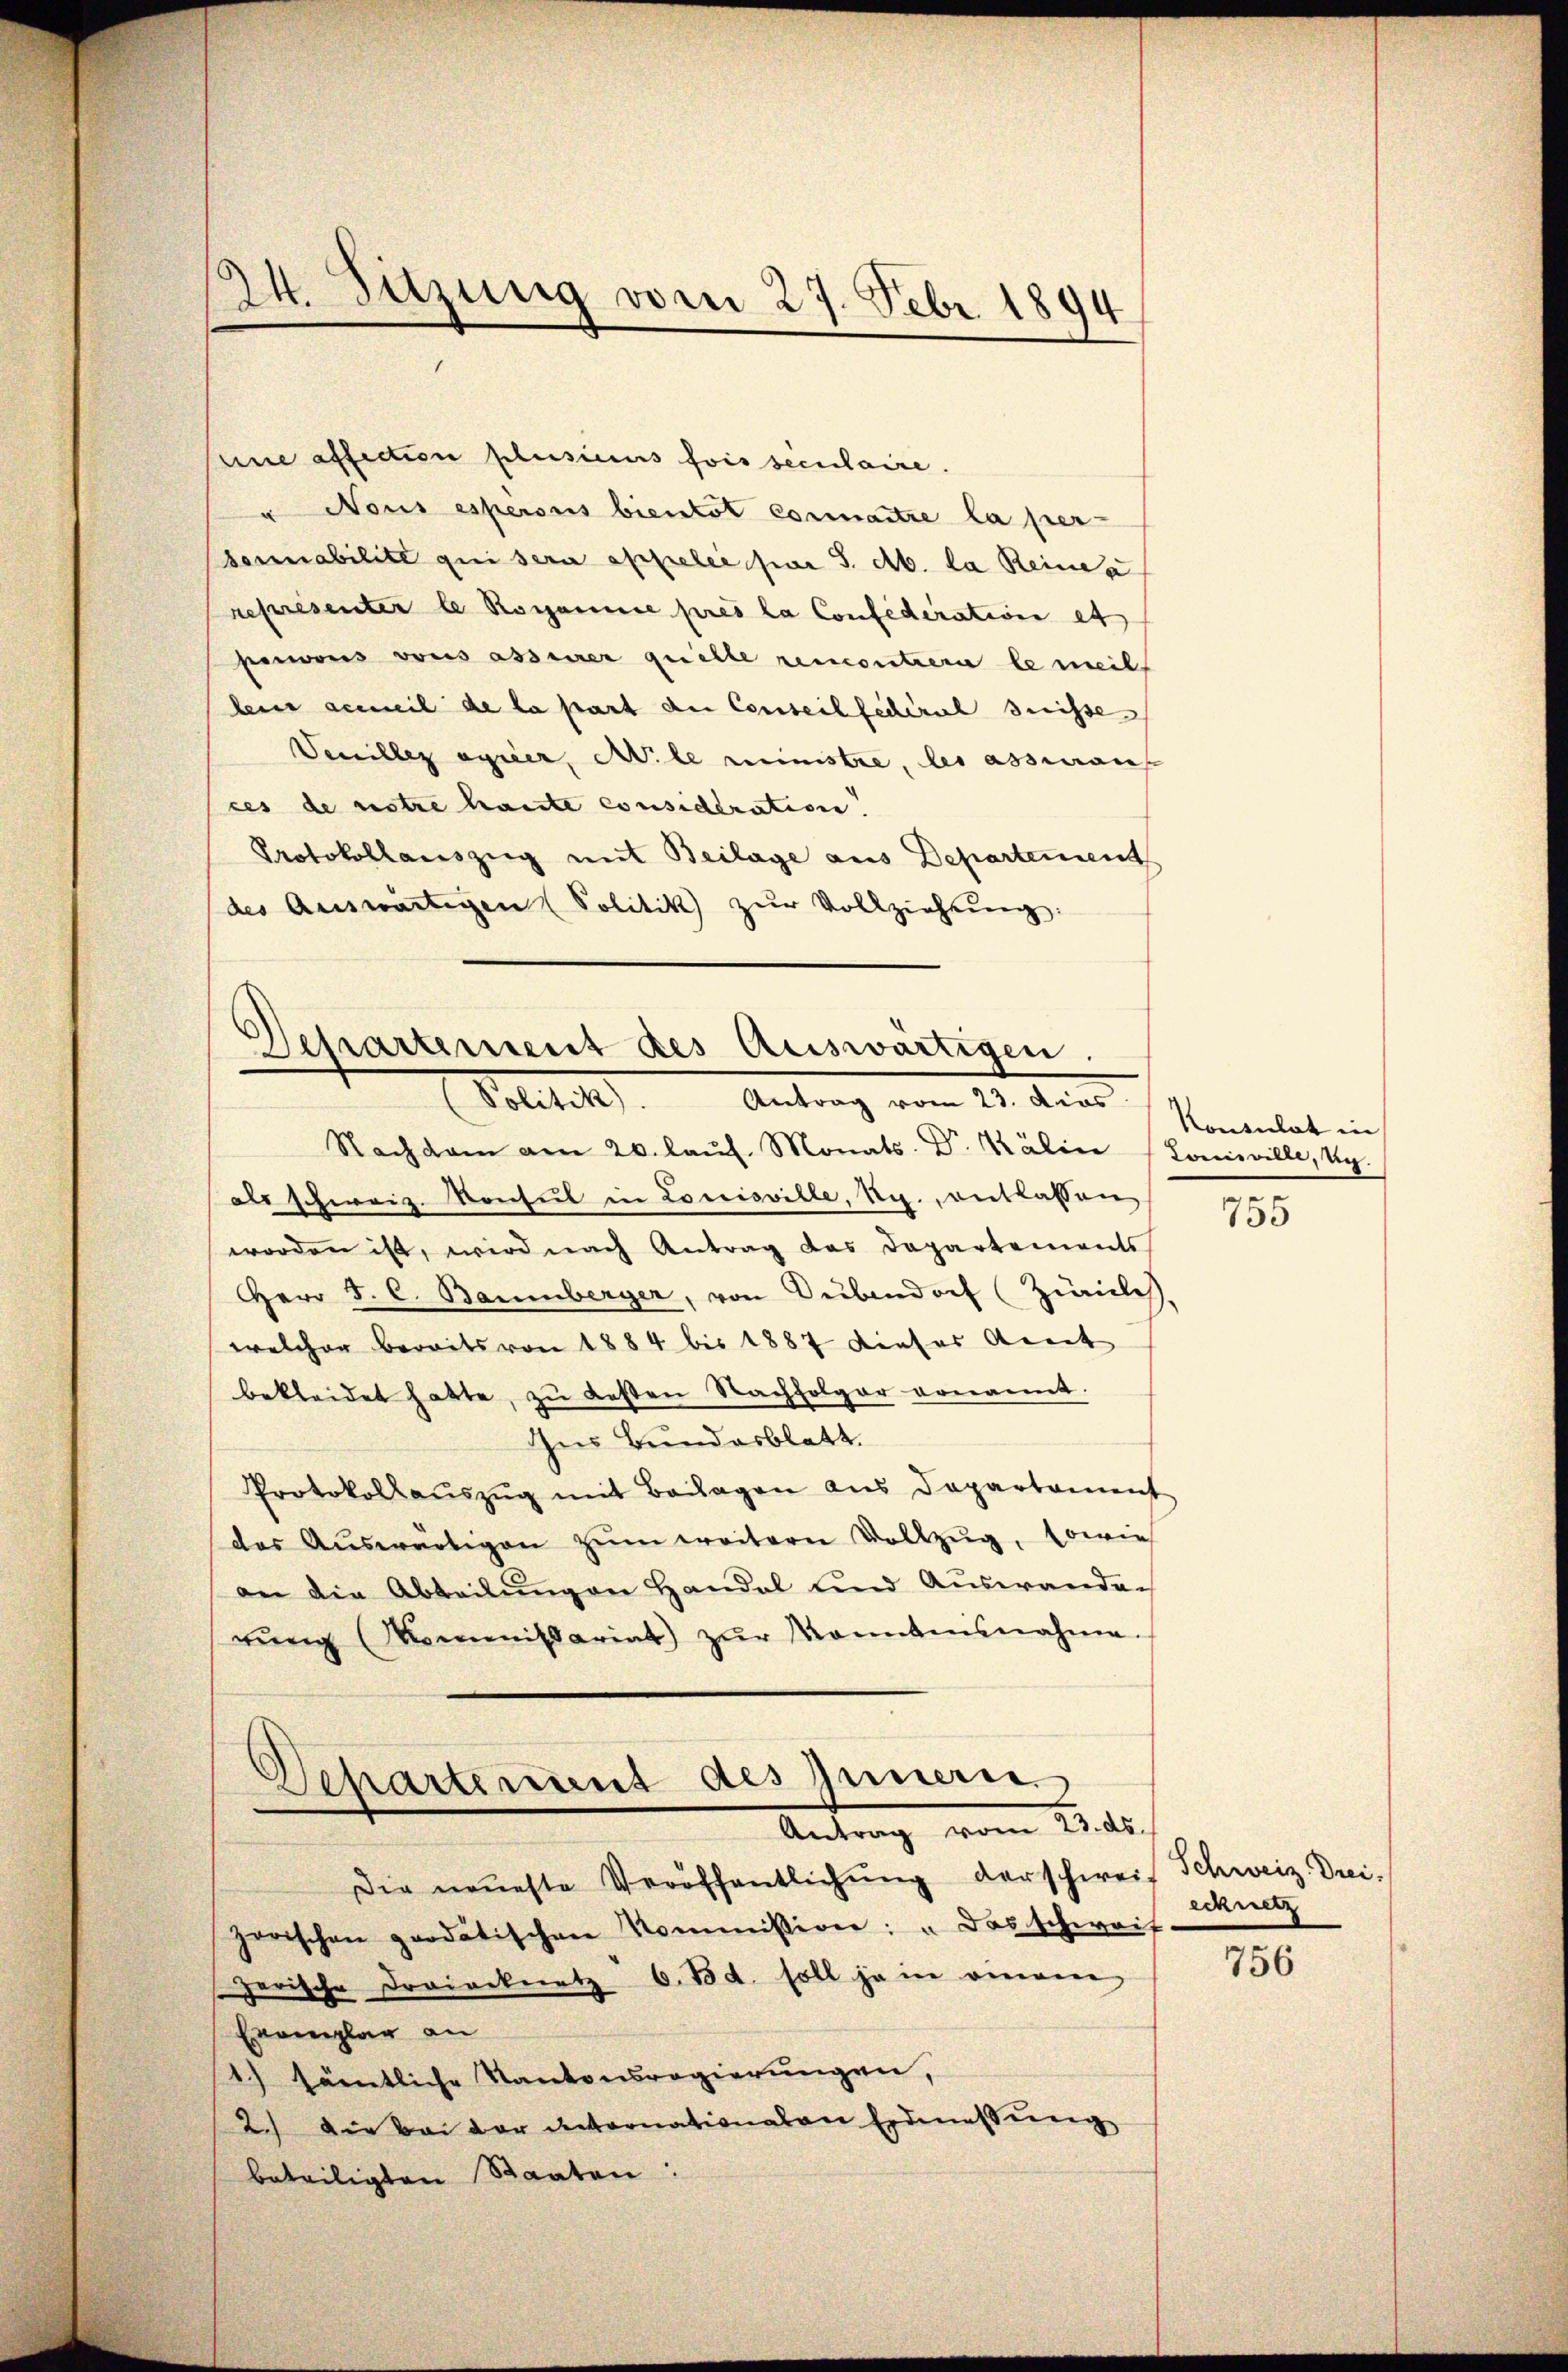
24. Suzung vom 27. Febr 1894

eine affection plusicus fois seculaire.
u Nous espersus bientat connaitre la per-
Sonnabilité qui sera appelée par S. Ab. la Reinda
représenter le Romannie prés la Confederation et
penaus vous assier quelle remontiere le meil
lein geweil de la part der Conseil sicheral Suisse
Venillez egeier, Mile ministre, les assian
ces de notre haute considération.
Protokollauszug mit Beilage aus Departement
des Auswärtigen (Politik zŭr Vollziehung:

Departement des Auswärtigen.
(Jolitik). Antrag vom 23. dies

Nachsam am 20. laŭf. Monats. Dr. Kälin 1 Louisville, vg
als schweiz. Konsul in Louisville, Rg., entlassen
worden ist, wird nach Antrag das Departements
Herr J. C. Baumberger, von Dübendorf (Zivile.
welcher bereits von 1884 bis 1887 dieser Arnet
bekleidet hatte, zŭ besten Nachfolger venannt.
Ins Bundesblatt.
Protokollauszug mit Beilagen aus Departament
des Aŭswärtigen zŭm weitern Vollzŭg, sowie
an die Abteilŭngen Handel und Auswanden
rŭng (Kommissariat zŭr Monntensnahme.
Departement des Innern.
Antrag vom 25. d.
Die neueste Veröffentlichŭng derschweis Schweiz. Drei-
zerischen prodatischen Kommission: "Das schwait
zerische Droiocknetz 6. Bd. soll ja in einem
Ereiglag an
1) sämtliche Kantonsregierungen,
2.) Die bei der Retornationalen Erdmessung
beteiligten Staaten:

Konsulat in
.

755

echnetz

756